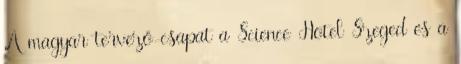
A magyar tervező-csapat a Science Hotel Szeged és a